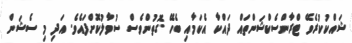
ޝައްކުކުރެވޭ ޓްރާންސެކްޝަންތައް ދައްކާ އެކަމާއި ބެހޭ ގޮތުންވެސް ސުވާލުކޮށްފައެވެ. އަދި މި ސެޝަން